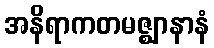
အနိရာကတမဇ္ဈာနာနံ